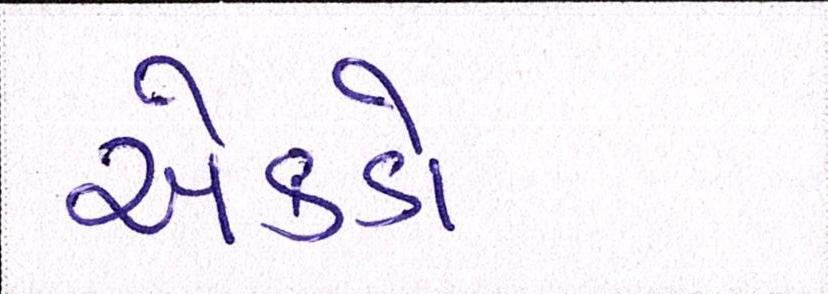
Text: એકડો